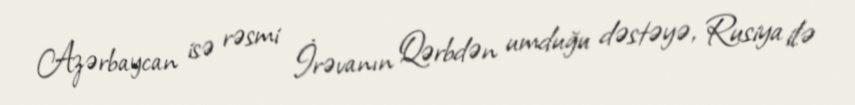
Azərbaycan isə rəsmi İrəvanın Qərbdən umduğu dəstəyə, Rusiya ilə